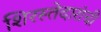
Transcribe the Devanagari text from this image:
शिरस्तेदारांची